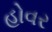
હોવર